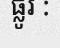
ផ្លូវ :